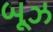
બૂઝ